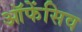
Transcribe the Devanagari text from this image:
ऑफेंसिव